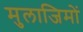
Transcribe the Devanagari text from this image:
मुलाजिमों